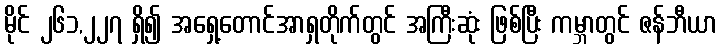
မိုင် ၂၆၁,၂၂၇ ရှိ၍ အရှေ့တောင်အာရှတိုက်တွင် အကြီးဆုံး ဖြစ်ပြီး ကမ္ဘာတွင် ဇန်ဘီယာ